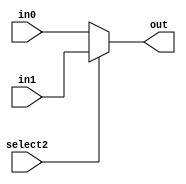
module mux2_5(out, select2, in0, in1);
    input select2;
    input [4:0] in0, in1;
    output [4:0] out;
    assign out = select2 ? in1 : in0;
endmodule